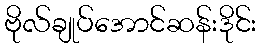
ဗိုလ်ချုပ်အောင်ဆန်းဒိုင်း